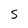
Character: 5